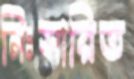
নিঃসারিত